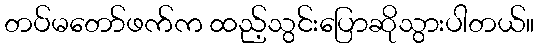
တပ်မတော်ဖက်က ထည့်သွင်းပြောဆိုသွားပါတယ်။